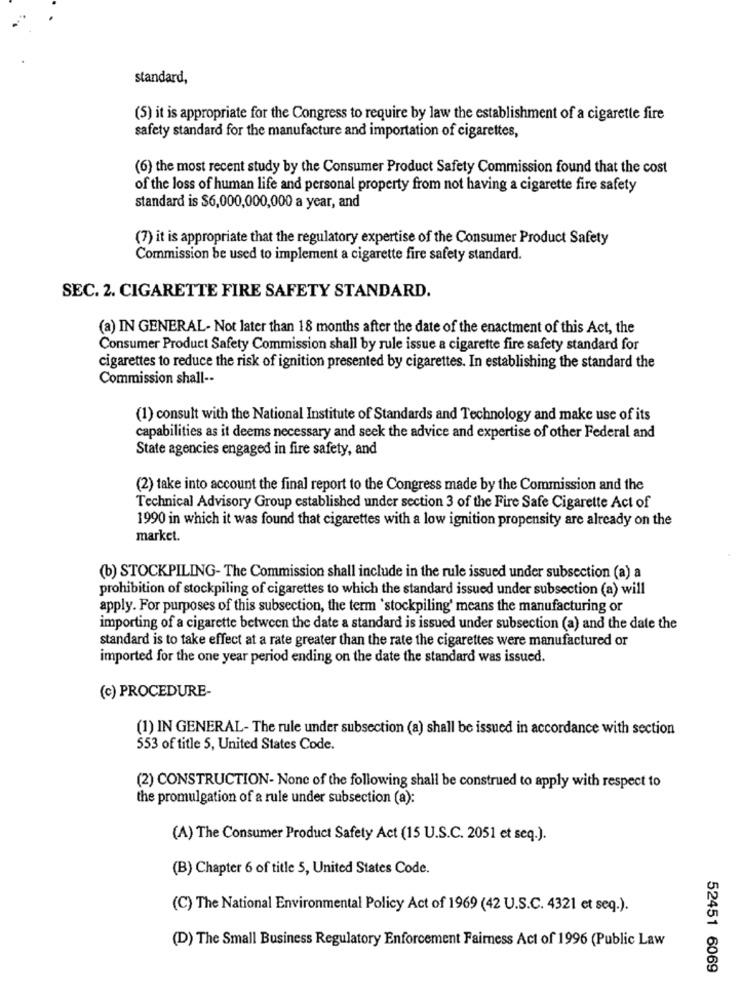
standard,
(5) it is appropriate for the Congress to require by law the establishment of a cigarette fire
safety standard for the manufacture and importation of cigarettes,
(6) the most recent study by the Consumer Product Safety Commission found that the cost
of the loss of human life and personal property from not having a cigarette fire safety
standard is $6,000,000,000 a year, and
(7) it is appropriate that the regulatory expertise of the Consumer Product Safety
Commission be used to implement a cigarette fire safety standard.
SEC. 2. CIGARETTE FIRE SAFETY STANDARD.
(a) IN GENERAL- Not later than 18 months after the date of the enactment of this Act, the
Consumer Product Safety Commission shall by rule issue a cigarette fire safety standard for
cigarettes to reduce the risk of ignition presented by cigarettes. In establishing the standard the
Commission shall --
(1) consult with the National Institute of Standards and Technology and make use of its
capabilities as it deems necessary and seek the advice and expertise of other Federal and
State agencies engaged in fire safety, and
(2) take into account the final report to the Congress made by the Commission and the
Technical Advisory Group established under section 3 of the Fire Safe Cigarette Act of
1990 in which it was found that cigarettes with a low ignition propensity are already on the
market.
(b) STOCKPILING- The Commission shall include in the rule issued under subsection (a) a
prohibition of stockpiling of cigarettes to which the standard issued under subsection (a) will
apply. For purposes of this subsection, the term 'stockpiling' means the manufacturing or
importing of a cigarette between the date a standard is issued under subsection (a) and the date the
standard is to take effect at a rate greater than the rate the cigarettes were manufactured or
imported for the one year period ending on the date the standard was issued.
(c) PROCEDURE-
(1) IN GENERAL- The rule under subsection (a) shall be issued in accordance with section
553 of title 5, United States Code.
(2) CONSTRUCTION- None of the following shall be construed to apply with respect to
the promulgation of a rule under subsection (a):
(A) The Consumer Product Safety Act (15 U.S.C. 2051 et seq.).
(B) Chapter 6 of title 5, United States Code.
(C) The National Environmental Policy Act of 1969 (42 U.S.C. 4321 et seq.).
(D) The Small Business Regulatory Enforcement Fairness Act of 1996 (Public Law
52451 6069